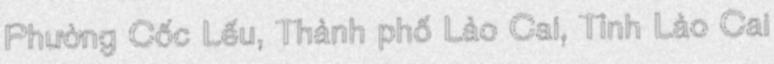
Phường Cốc Lếu, Thành phố Lào Cai, Tỉnh Lào Cai